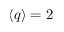
\langle q \rangle = 2